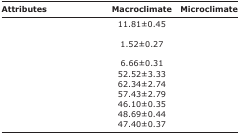
<table><thead><tr><td><b>Attributes</b></td><td><b>Macroclimate</b></td><td><b>Microclimate</b></td></tr></thead><tbody><tr><td>[EMPTY_CELL]</td><td>11.81±0.45</td><td>[EMPTY_CELL]</td></tr><tr><td>[EMPTY_CELL]</td><td>1.52±0.27</td><td>[EMPTY_CELL]</td></tr><tr><td>[EMPTY_CELL]</td><td>6.66±0.31</td><td>[EMPTY_CELL]</td></tr><tr><td>[EMPTY_CELL]</td><td>52.52±3.33</td><td>[EMPTY_CELL]</td></tr><tr><td>[EMPTY_CELL]</td><td>62.34±2.74</td><td>[EMPTY_CELL]</td></tr><tr><td>[EMPTY_CELL]</td><td>57.43±2.79</td><td>[EMPTY_CELL]</td></tr><tr><td>[EMPTY_CELL]</td><td>46.10±0.35</td><td>[EMPTY_CELL]</td></tr><tr><td>[EMPTY_CELL]</td><td>48.69±0.44</td><td>[EMPTY_CELL]</td></tr><tr><td>[EMPTY_CELL]</td><td>47.40±0.37</td><td>[EMPTY_CELL]</td></tr></tbody></table>